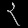
Digit: ၃